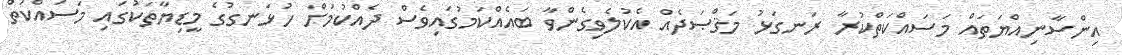
އިންސާނިއްޔަތަައް މަސައްކަތްކުރާ ރަނގަޅު މަޤްޞަދެއް އެކުލެވިގެންވާ ބައެއްކަމުގައިވެސް ދެއްކުމަށް ހުޅަނގުގެ މީޑިޔާތަކުގައި މަސައްކަތް